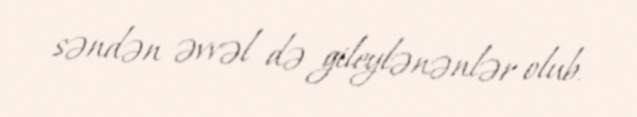
səndən əvvəl də gileylənənlər olub.